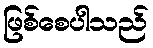
ဖြစ်စေပါသည်